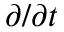
\partial / \partial t